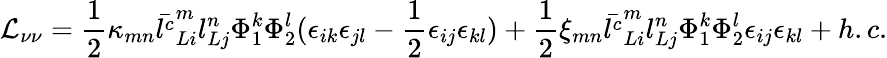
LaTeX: {\cal L}_{\nu\nu}={\frac{1}{2}}\kappa_{mn}\bar{l^{c}}_{Li}^{m}l_{Lj}^{n}\Phi_{1}^{k}\Phi_{2}^{l}(\epsilon_{ik}\epsilon_{jl}-{\frac{1}{2}}\epsilon_{ij}\epsilon_{kl})+{\frac{1}{2}}\xi_{mn}\bar{l^{c}}_{Li}^{m}l_{Lj}^{n}\Phi_{1}^{k}\Phi_{2}^{l}\epsilon_{ij}\epsilon_{kl}+h.c.